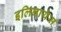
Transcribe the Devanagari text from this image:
इलिनायेस